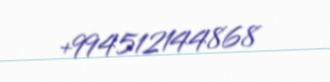
+994512144868